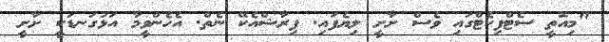
"މިއޮތީ ސެޓްފިކެޓްގައި ވެސް ށާށީ ލިޔެފައި. ފިރާޝްއެކޭ ނެތް. އެހެންވީމާ އަޅުގަނޑަކީ ށާށީ